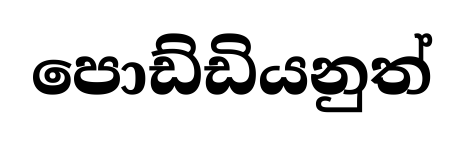
පොඩ්ඩියනුත්